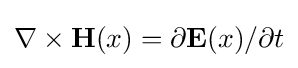
\nabla \times \mathbf {H} (x)=\partial \mathbf {E} (x)/\partial t